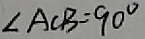
\angle A C B = 9 0 ^ { \circ }